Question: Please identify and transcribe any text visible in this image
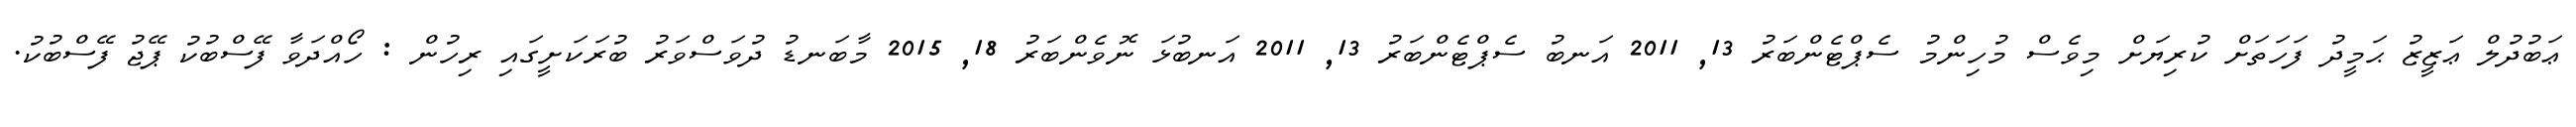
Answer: ޢަބުދުލް ޢަޒީޒު ޙަމީދު ފަހަތަށް ކުރިޔަށް މިވެސް މުހިންމު ސެޕްޓެންބަރު 13, 2011 އަނބު ސެޕްޓެންބަރު 13, 2011 އަނބުޅަ ނޮވެންބަރު 18, 2015 މާބަނޑު ދުވަސްވަރު ބުރަކަށީގައި ރިހުން : ހޯއްދަވާ ފޭސްބުކު ޕޭޖު ފޭސްބުކު.